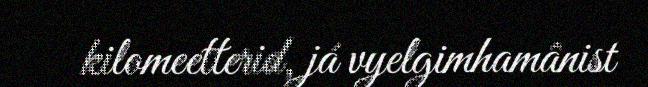
kilomeetterid, já vyelgimhamânist